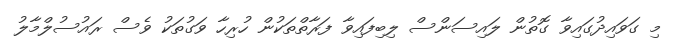
މި ގަވައިދުގައިވާ ގޮތުން ލައިސަންސް ލިބިފައިވާ ފަރާތްތަކުން ހުރިހާ ވަގުތަކު ވެސް ރައުސުލްމާލު